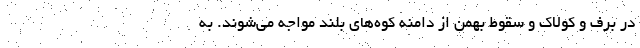
در برف و کولاک و سقوط بهمن از دامنه کوه‌های بلند مواجه می‌شوند. به